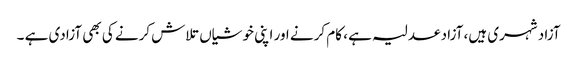
آزاد شہری ہیں، آزاد عدلیہ ہے ، کام کرنے اور اپنی خوشیاں تلاش کرنے کی بھی آزادی ہے ۔